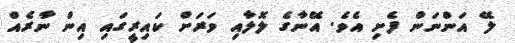
ލޭ އަންނަން ފެށި އެވެ. އޭނާގެ ލޮލާއި ވަރަށް ކައިރީގައި އިން ނާރެއް